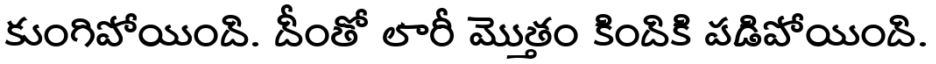
కుంగిపోయింది. దీంతో లారీ మొత్తం కిందికి పడిపోయింది.